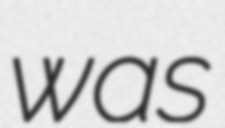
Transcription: was